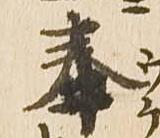
奉